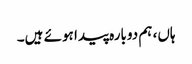
ہاں، ہم دوبارہ پیدا ہوئے ہیں۔